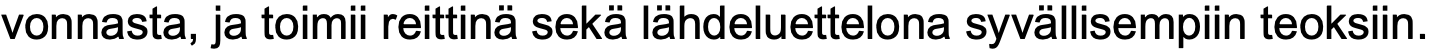
vonnasta, ja toimii reittinä sekä lähdeluettelona syvällisempiin teoksiin.